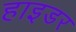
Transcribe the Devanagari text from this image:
हाइडर